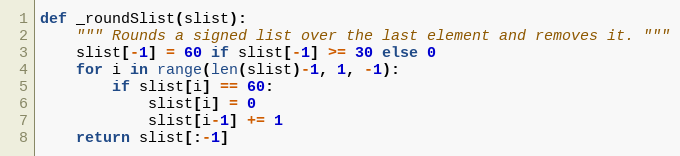
Language: Python
def _roundSlist(slist):
    """ Rounds a signed list over the last element and removes it. """
    slist[-1] = 60 if slist[-1] >= 30 else 0
    for i in range(len(slist)-1, 1, -1):
        if slist[i] == 60:
            slist[i] = 0
            slist[i-1] += 1
    return slist[:-1]